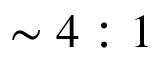
\sim 4 : 1